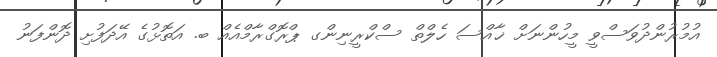
އުމުރުންދުވަސްވީ މީހުންނަށް ޚާއްސަ ހެލްތް ސްކްރީނިންގ ޕްރޮގްރާމްއެއް ބ. އަތޮޅުގެ އޭދަފުށި ދޮންފަނު